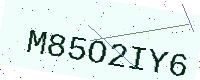
Text: M85O2IY6